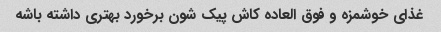
غذای خوشمزه و فوق العاده کاش پیک شون برخورد بهتری داشته باشه